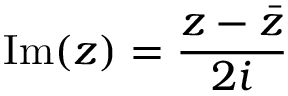
\mathrm { I m } ( z ) = { \frac { z - { \bar { z } } } { 2 i } }